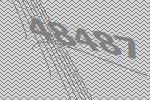
48487